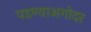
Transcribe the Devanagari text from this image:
पडण्याअगोदर